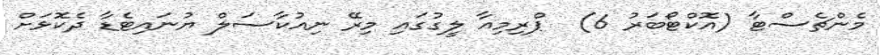
މެންޗެސްޓާ (އޮކްޓޯބަރު 6)  ޕްރިމިއާ ލީގުގައި މިރޭ ނިއުކާސަލް ޔުނައިޓެޑާ ދެކޮޅަށް